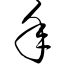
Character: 年